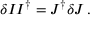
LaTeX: \delta I I ^ { \dagger } = J ^ { \dagger } \delta J \, .